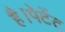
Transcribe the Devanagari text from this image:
है।पेटेंट